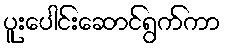
ပူးပေါင်းဆောင်ရွက်ကာ